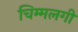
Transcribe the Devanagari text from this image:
चिम्मलगी